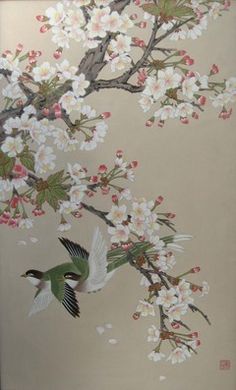
风雨替花愁。风雨罢，花也应休。